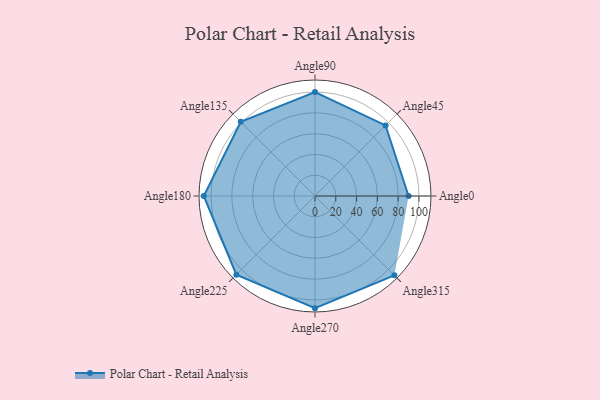
{"axis": {"x": "Angle", "y": "Radius"}, "legend": [""], "data": [{"x": "Angle0", "y": 90.0, "type": ""}, {"x": "Angle45", "y": 96.0, "type": ""}, {"x": "Angle90", "y": 100.0, "type": ""}, {"x": "Angle135", "y": 101.0, "type": ""}, {"x": "Angle180", "y": 107.0, "type": ""}, {"x": "Angle225", "y": 107.0, "type": ""}, {"x": "Angle270", "y": 108.0, "type": ""}, {"x": "Angle315", "y": 108.0, "type": ""}]}